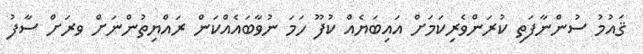
ޤައުމު ސުންނާފަތި ކުރަންވެރިކަމަށް އައިބަޔެއް ކުފޫ ހަމަ ނުވާބައެއްކަން ރައްޔިތުންނަށް ވރަށް ސާފު